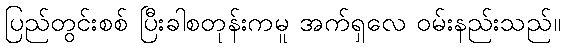
ပြည်တွင်းစစ် ပြီးခါစတုန်းကမူ အက်ရှလေ ဝမ်းနည်းသည်။